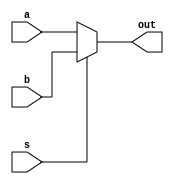
module multiplexer2to1(s,a,b,out);
parameter w=4;
input s;
input [w-1:0] a, b;
output [w-1:0] out;
assign out = s?b:a;
endmodule